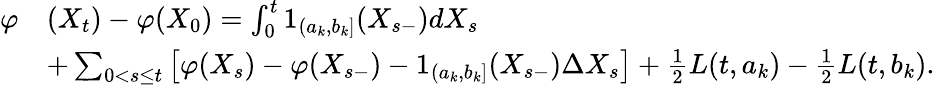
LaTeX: \begin{array}{rl}{\varphi}&{(X_{t})-\varphi(X_{0})=\int_{0}^{t}1_{(a_{k},b_{k}]}(X_{s-})dX_{s}}\\ &{+\sum_{0<s\leq t}\left[\varphi(X_{s})-\varphi(X_{s-})-1_{(a_{k},b_{k}]}(X_{s-})\Delta X_{s}\right]+\frac{1}{2}L(t,a_{k})-\frac{1}{2}L(t,b_{k}).}\end{array}